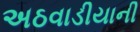
અઠવાડીયાની